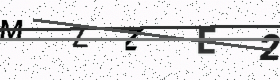
Text: MZZE2